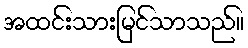
အထင်းသားမြင်သာသည်။